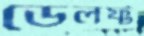
ডেলফ্ট